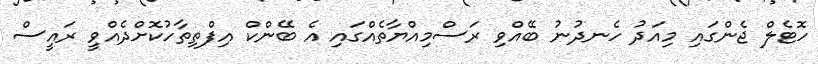
ހޮޓެލް ޖެންގައި މިއަދު ހެނދުނު ބޭއްވި ރަސްމިއްޔާތެއްގައި އެ ބޭންކް އިފްތިތާހުކޮށްދެއްވީ ރައީސް